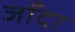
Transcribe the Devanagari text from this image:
जाँदा